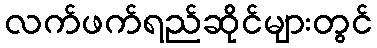
လက်ဖက်ရည်ဆိုင်များတွင်